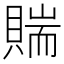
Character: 𧶲